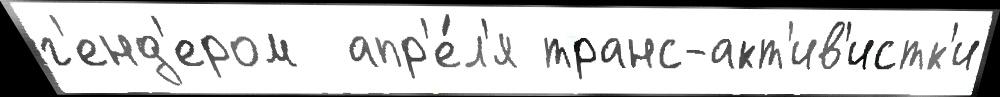
г'енд'ером  апр'е́л'я транс-акт'ив'истк'и